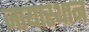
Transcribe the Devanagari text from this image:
जायास्थान